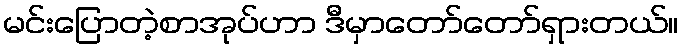
မင်းပြောတဲ့စာအုပ်ဟာ ဒီမှာတော်တော်ရှားတယ်။